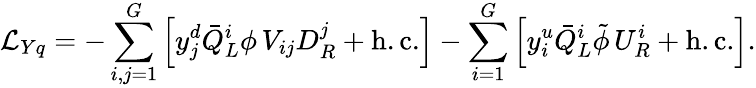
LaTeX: {\cal L}_{Yq}=-\sum_{i,j=1}^{G}\left[y_{j}^{d}\bar{Q}_{L}^{i}\phi\, V_{ij}D_{R}^{j}+\mathrm{h.c.}\right]-\sum_{i=1}^{G}\left[y_{i}^{u}\bar{Q}_{L}^{i}\tilde{\phi}\, U_{R}^{i}+\mathrm{h.c.}\right].